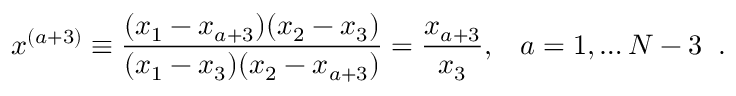
x ^ { ( a + 3 ) } \equiv \frac { ( x _ { 1 } - x _ { a + 3 } ) ( x _ { 2 } - x _ { 3 } ) } { ( x _ { 1 } - x _ { 3 } ) ( x _ { 2 } - x _ { a + 3 } ) } = \frac { x _ { a + 3 } } { x _ { 3 } } , \; \; \; a = 1 , \ldots N - 3 \; \; .